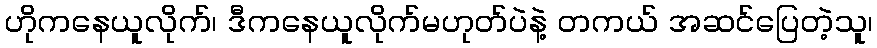
ဟိုကနေယူလိုက်၊ ဒီကနေယူလိုက်မဟုတ်ပဲနဲ့ တကယ် အဆင်ပြေတဲ့သူ၊